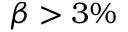
\beta > 3 \%